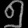
Digit: ၅